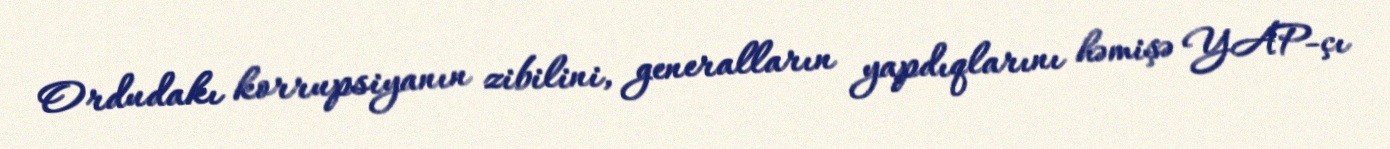
Ordudakı korrupsiyanın zibilini, generalların yapdıqlarını həmişə YAP-çı